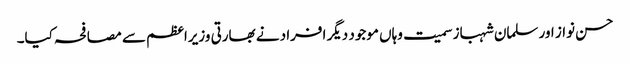
حسن نواز اور سلمان شہباز سمیت وہاں موجود دیگر افراد نے بھارتی وزیراعظم سے مصافحہ کیا۔